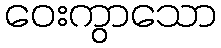
ဝေးကွာသော